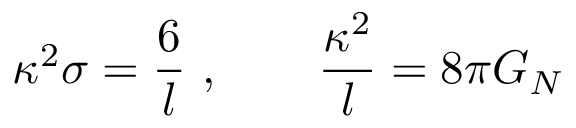
\kappa ^ { 2 } \sigma = { \frac { 6 } { l } } \ , \qquad { \frac { \kappa ^ { 2 } } { l } } = 8 \pi G _ { N }